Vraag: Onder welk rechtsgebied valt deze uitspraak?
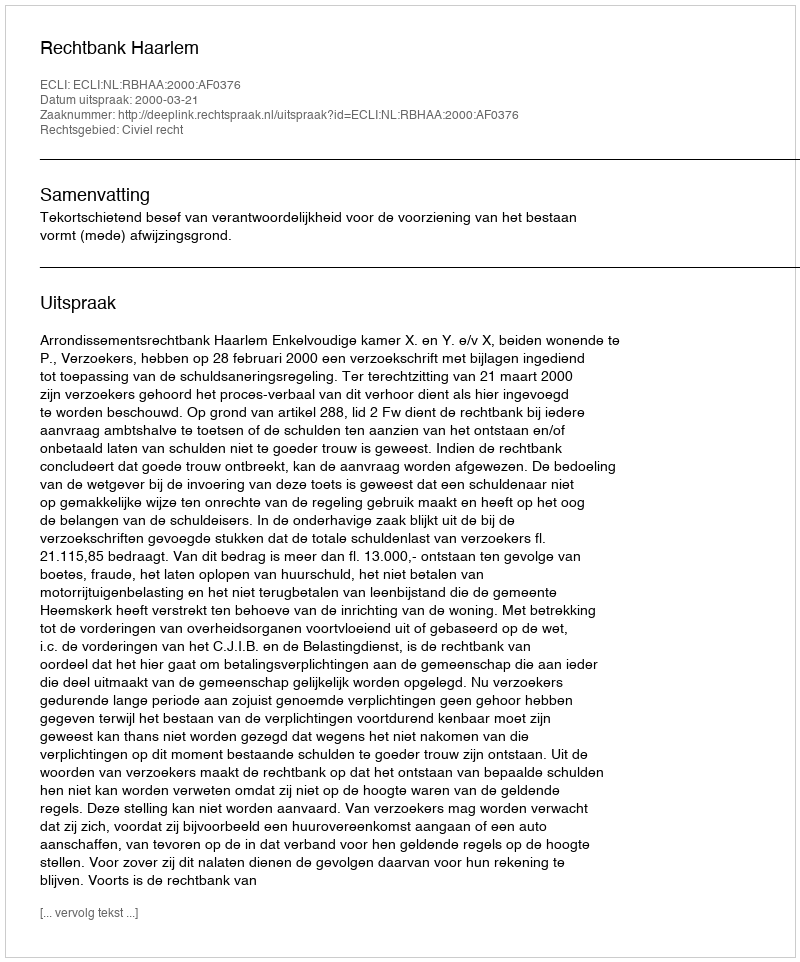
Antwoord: Civiel recht